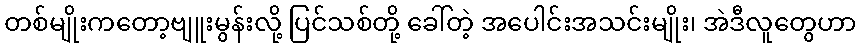
တစ်မျိုးကတော့ဗျူးမွန်းလို့ ပြင်သစ်တို့ ခေါ်တဲ့ အပေါင်းအသင်းမျိုး၊ အဲဒီလူတွေဟာ